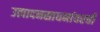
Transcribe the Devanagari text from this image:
उत्पादनसाधनांवरची